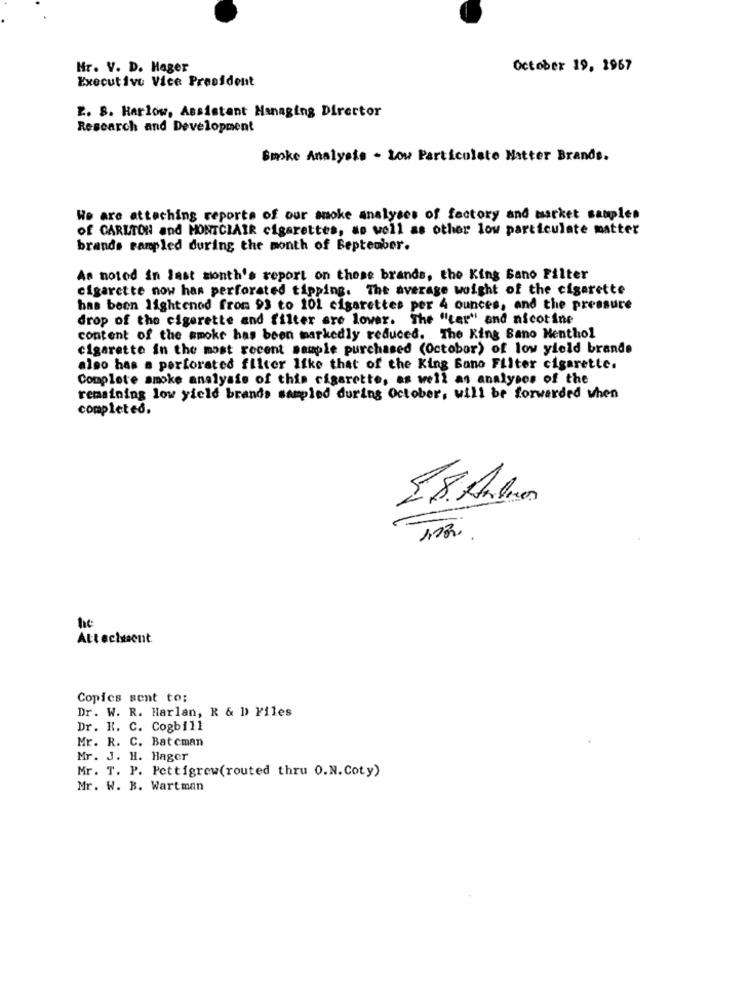
Hr. V. D. Hager
October 19, 1967
Executive Vice President
2. S. Harlow, Assistant Managing Director
Research and Development
Smoke Analyste - Low Particulate Hatter Brands.
We are attaching reports of our smoke analyses of factory and market samples
Of CARLTON and MONTCLAIR cigarettes, as well as other low particulate matter
brands sampled during the month of September.
As noted in last month's report on these brands, the King Sano Filter
cigarette now has perforated tipping. The average woight of the cigarette
has been lightenod from 93 to 101 cigarettes per 4 ounces, and the pressure
drop of the cigarette and filter are lower. The "ter" and nicotine
content of the smoke has been markedly reduced. The King Bano Menthol
cigarette in the most recent sample purchased (October) of low yield brande
also has a perforated filter like that of the King Bano Filter cigarette.
Complete smoke analysis of this cigarette, as well as analyses of the
remaining low yield brands sampled during October, will be forwarded when
completed.
he
Attecissent.
Copics sent to:
Dr. W. R. Harlan, R & D) Files
Dr. K. C. Cogbill
Mr. R. C. Bateman
Mr. J. H. Hager
Mr. T. P. Pettigrew(routed thru O.N.Coty)
Mr. W. B. Wartman